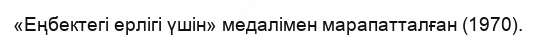
«Еңбектегі ерлігі үшін» медалімен марапатталған (1970).